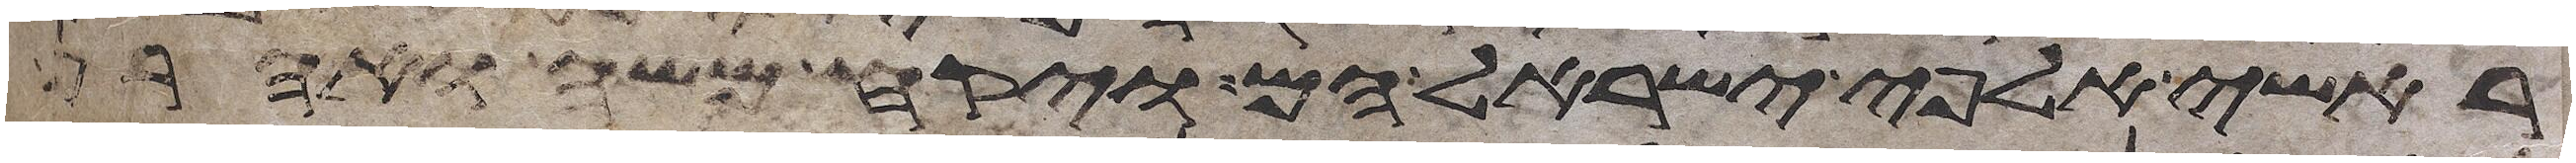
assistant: ראשי אלפי ישראל הם ויקח משה ואהרן